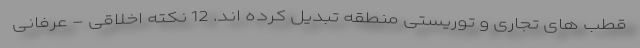
قطب های تجاری و توریستی منطقه تبدیل کرده اند. 12 نکته اخلاقی - عرفانی